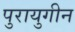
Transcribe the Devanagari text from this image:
पुरायुगीन